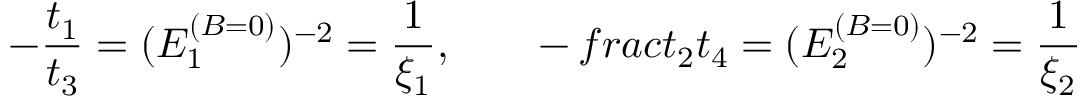
- { \frac { t _ { 1 } } { t _ { 3 } } } = ( E _ { 1 } ^ { ( B = 0 ) } ) ^ { - 2 } = { \frac { 1 } { \xi _ { 1 } } } , \qquad - { \, f r a c { t _ { 2 } } { t _ { 4 } } } = ( E _ { 2 } ^ { ( B = 0 ) } ) ^ { - 2 } = { \frac { 1 } { \xi _ { 2 } } }